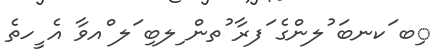
ިބ ަކނބަ ުލންގެ ަފރާ ުތން ިލބި ަލ ްއވާ އެ ީހތެ